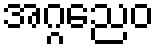
အဂ္ဂညေဝ